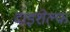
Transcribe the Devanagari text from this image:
दाइशेल्फ